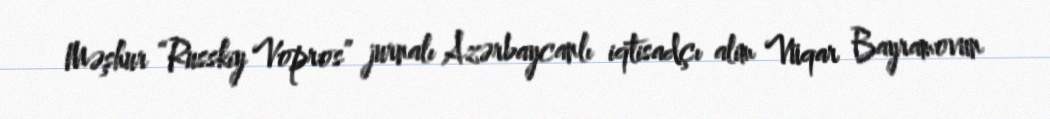
Məşhur “Russkiy Vopros” jurnalı Azərbaycanlı iqtisadçı alim Vüqar Bayramovun